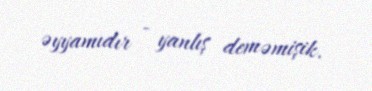
əyyamıdır - yanlış deməmişik.